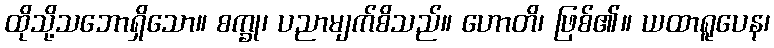
ထိုသို့သဘောရှိသော။ စက္ခု၊ ပညာမျက်စိသည်။ ဟောတိ၊ ဖြစ်၏။ ယထာရူပေန၊